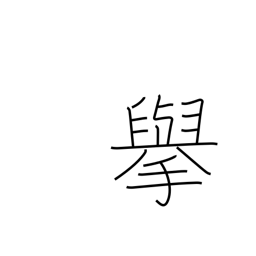
Meaning: actions